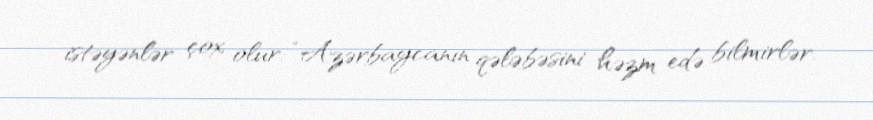
istəyənlər çox olur: “Azərbaycanın qələbəsini həzm edə bilmirlər.